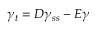
\gamma _ { t } = D \gamma _ { s s } - E \gamma